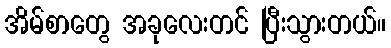
အိမ်စာတွေ အခုလေးတင် ပြီးသွားတယ်။